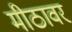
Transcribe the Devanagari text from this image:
मीठावर